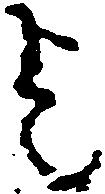
を